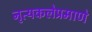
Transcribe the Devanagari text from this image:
नृत्यकलेप्रमाणे